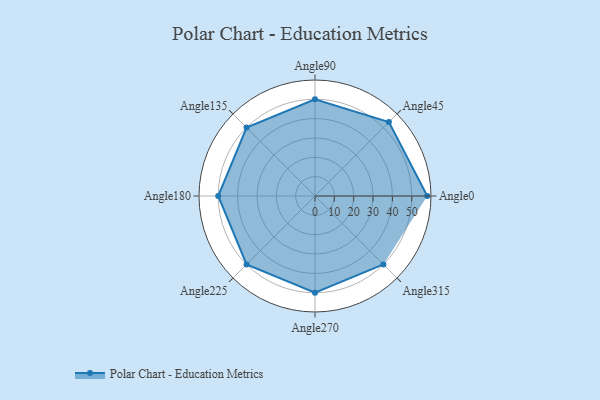
{"axis": {"x": "Angle", "y": "Radius"}, "legend": [""], "data": [{"x": "Angle0", "y": 58.0, "type": ""}, {"x": "Angle45", "y": 54.0, "type": ""}, {"x": "Angle90", "y": 50, "type": ""}, {"x": "Angle135", "y": 50, "type": ""}, {"x": "Angle180", "y": 50, "type": ""}, {"x": "Angle225", "y": 50, "type": ""}, {"x": "Angle270", "y": 50, "type": ""}, {"x": "Angle315", "y": 50, "type": ""}]}